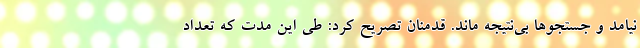
نیامد و جستجوها بی‌نتیجه ماند. قدمنان تصریح کرد: طی این مدت که تعداد